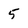
Character: 5